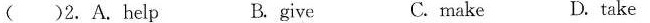
( )2. A.Help B. give C.make D. take